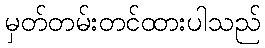
မှတ်တမ်းတင်ထားပါသည်